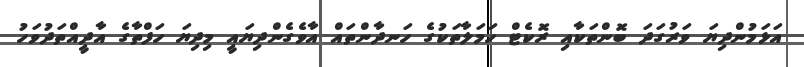
އަޅަމުންދިޔަ ވަރުގަދަ ބޮންތަކާއި ރޮކެޓް ހަމަލާތަކުގެ ހަނދާންތައް އާވެގެންދިޔައީ މިދިޔަ ހަފްތާގެ އާދީއްތަދުވަހު